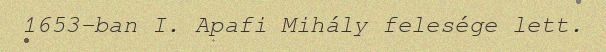
1653-ban I. Apafi Mihály felesége lett.